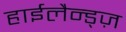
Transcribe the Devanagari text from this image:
हाईलैन्ड्ज़